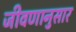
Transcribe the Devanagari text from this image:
जीवणानुसार